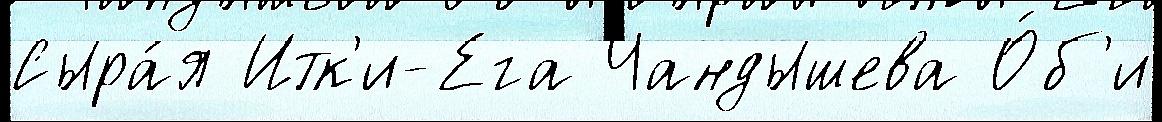
Сыра́я Итк'и-Ега Чандышева О́б'и